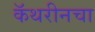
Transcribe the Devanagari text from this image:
कॅथरीनचा